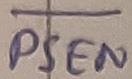
Text: PSEN